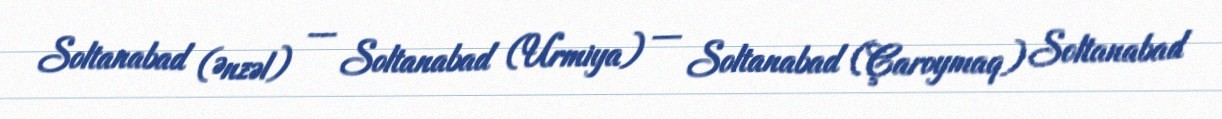
Soltanabad (Ənzəl) — Soltanabad (Urmiya) — Soltanabad (Çaroymaq) Soltanabad